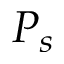
P _ { s }